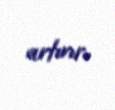
artırır.